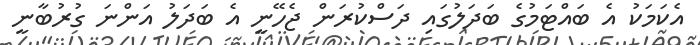
އެކަމަކު އެ ބައްޓަމުގެ ބަދަލުގައި ދަސްކުރަން ޖެހޭނީ އެ ބަދަލު އަންނަ ގުރުބާނީ